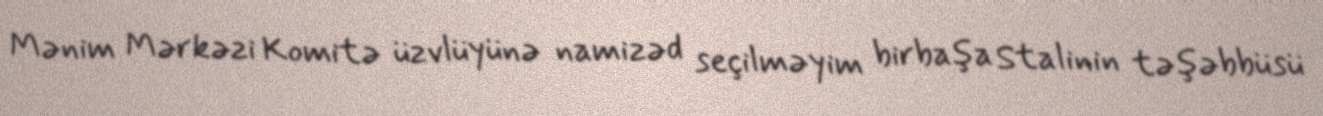
Mənim Mərkəzi Komitə üzvlüyünə namizəd seçilməyim birbaşa Stalinin təşəbbüsü